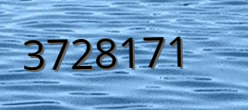
3728171